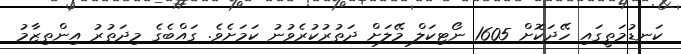
ކަނޑުމަތީގައި ހޭދަކޮށް 1605 ނޯޓިކަލް މޭލަށް ދަތުރުކުރެވުނު ކަމަށެވެ. ގައްބެގެ މިދަތުރު އިންތިޒާމު